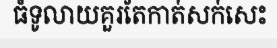
ធំទូលាយគួរតែកាត់សក់សេះ